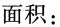
面积：